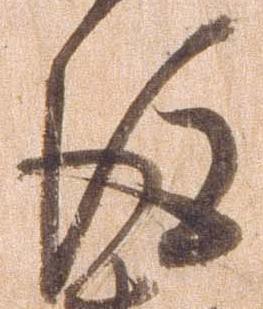
後